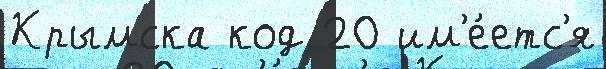
Крымска код 20 им'е́етс'я